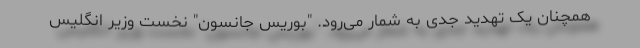
همچنان یک تهدید جدی به شمار می‌رود. "بوریس جانسون" نخست وزیر انگلیس